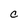
Character: C